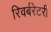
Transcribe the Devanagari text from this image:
रिवर्बरेटरी